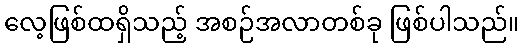
လေ့ဖြစ်ထရှိသည့် အစဉ်အလာတစ်ခု ဖြစ်ပါသည်။